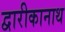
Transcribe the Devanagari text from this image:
द्वारीकानाथ